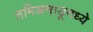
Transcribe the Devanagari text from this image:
तमिळमाडूमध्ये